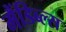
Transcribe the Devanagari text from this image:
मैंडिब्ल्स